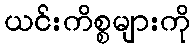
ယင်းကိစ္စများကို